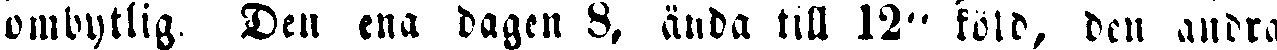
ombytlig. Den ena dagen 8, ända till 12" föld, den andra